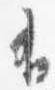
有